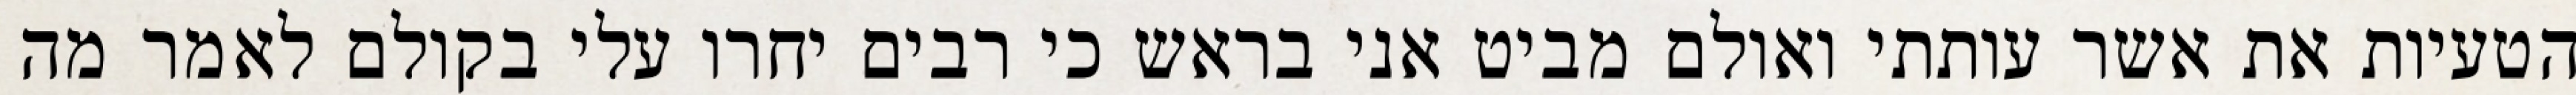
הטעיות את אשר עותתי ואולם מביט אני בראש כי רבים יחרו עלי בקולם לאמר מה